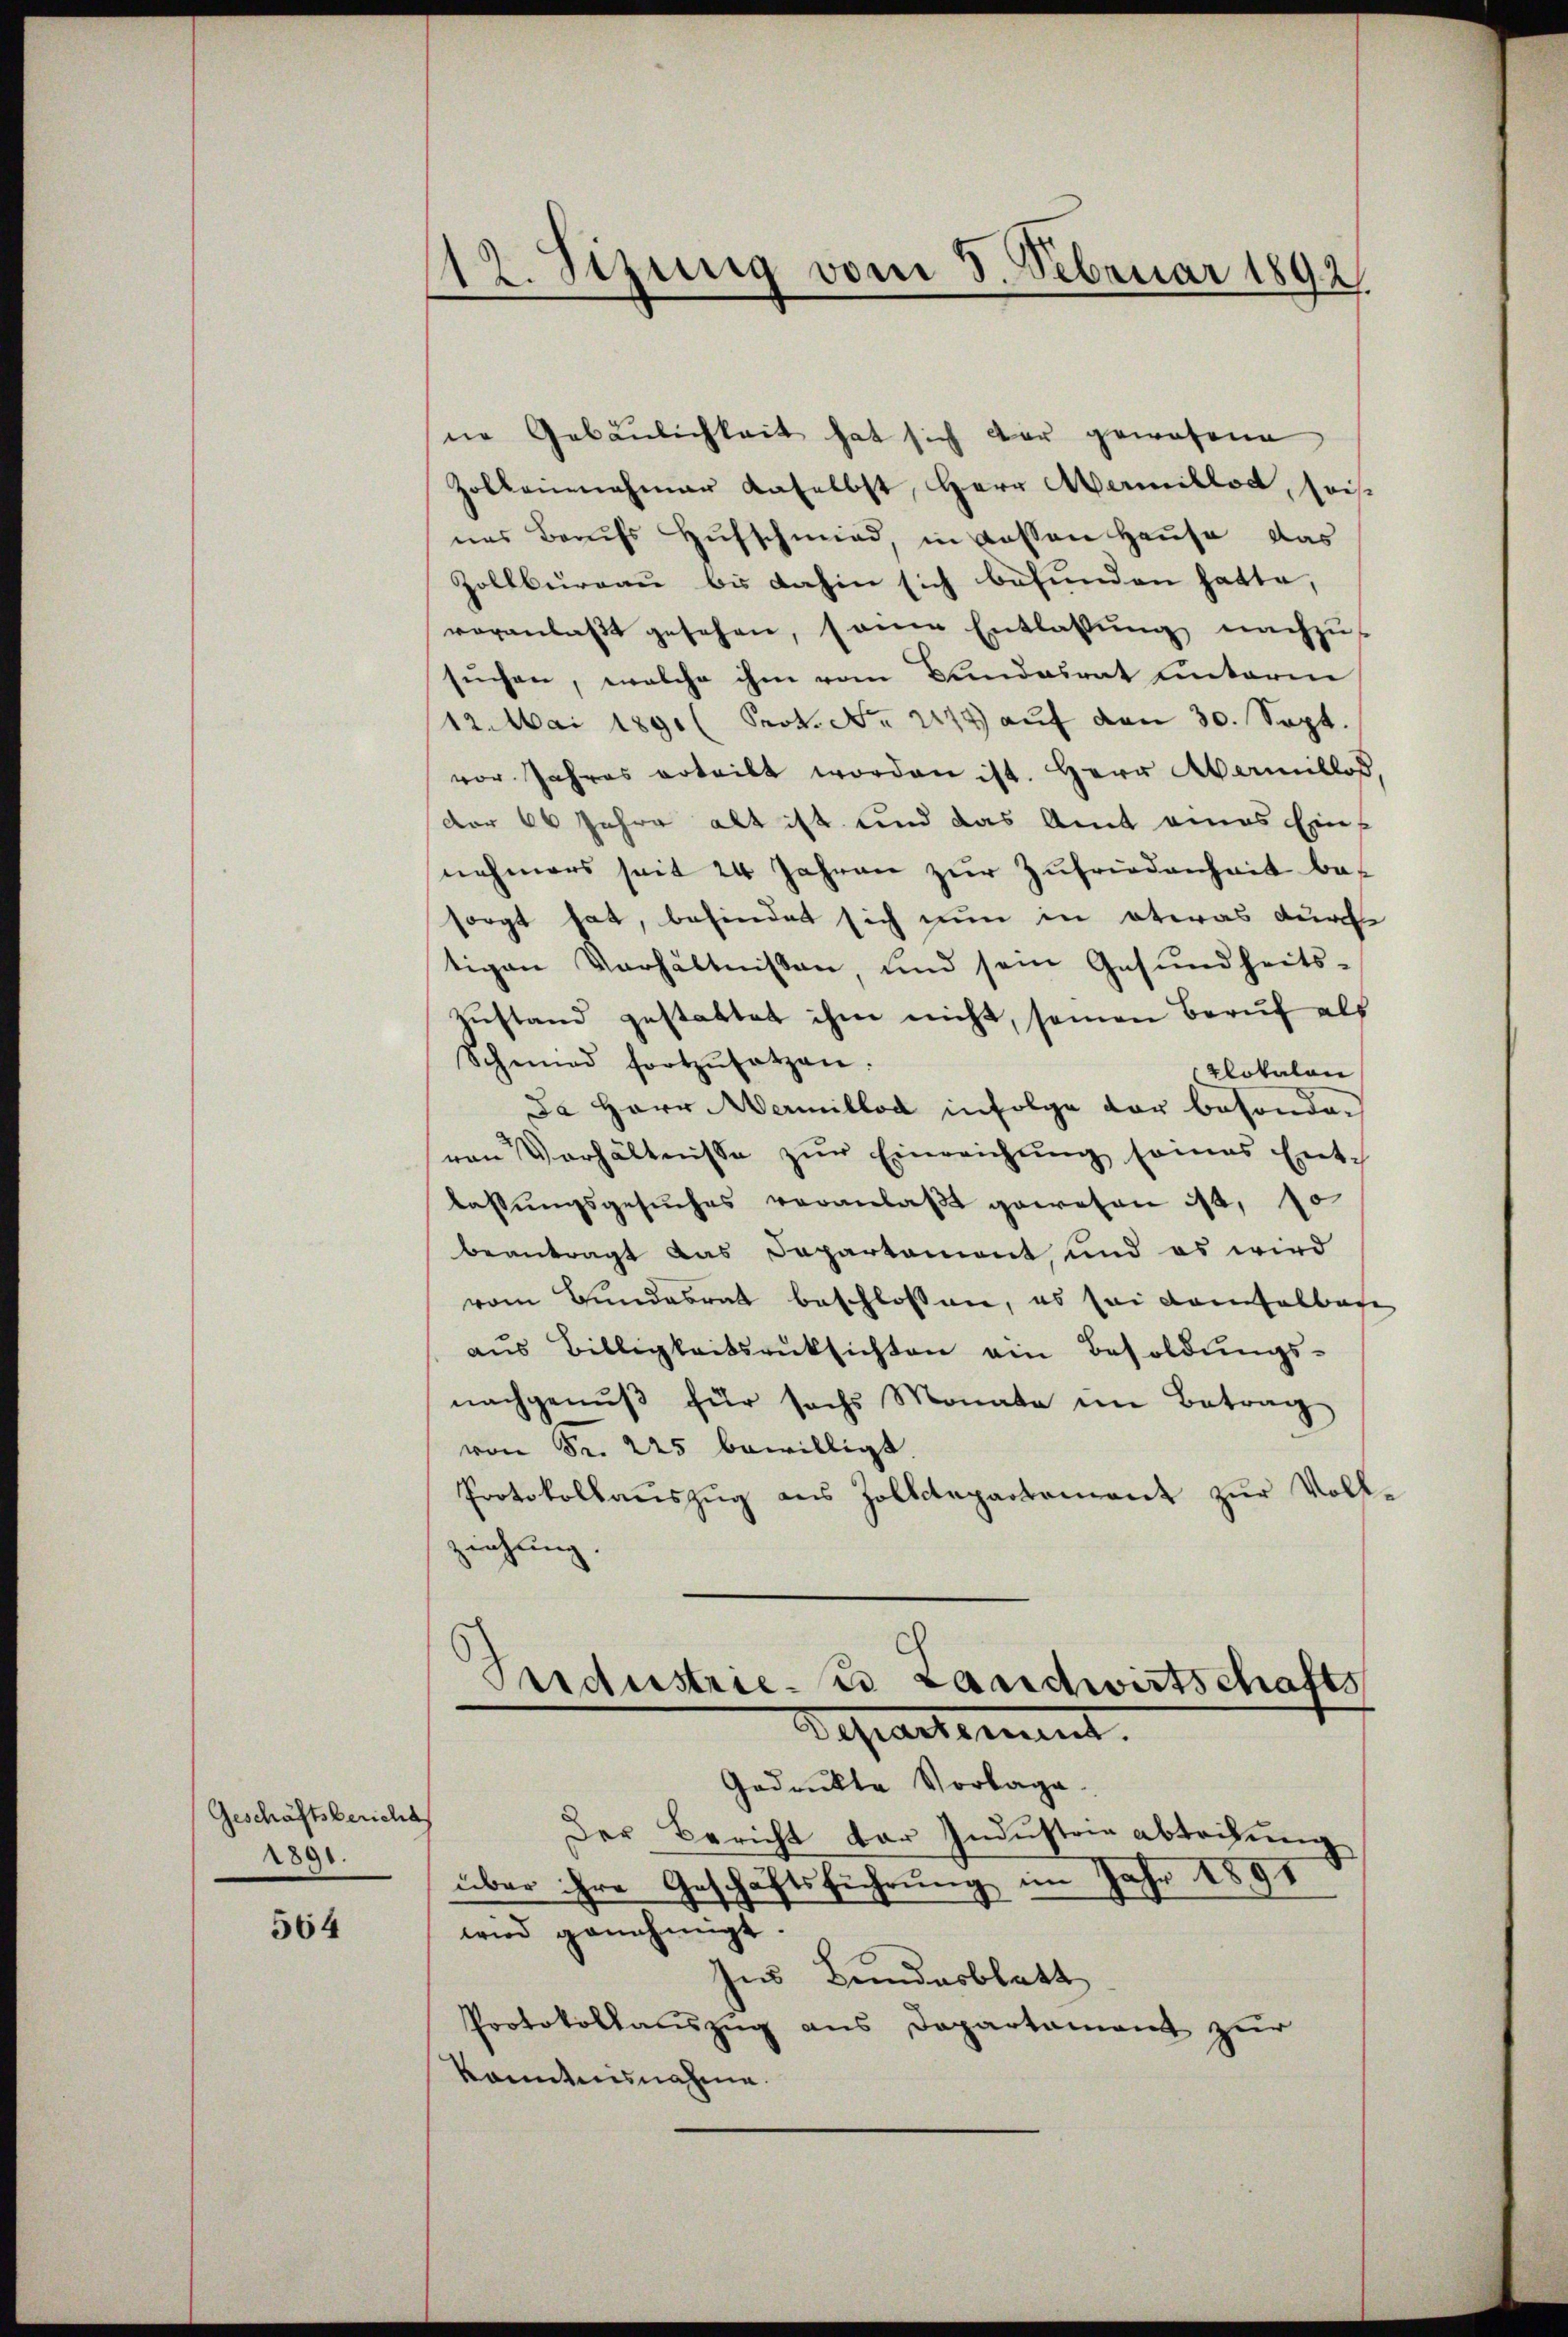
Geschäftsbericht
2891.

564

12. Jizung vom 8. Februar 1892.
.

ne Gebäulichkeit hat sich der gewesene
Zolbeinnahmer daselbst, Herr Aermillet, heis
nes Berufs Hufschmied, in Kassen Hause das
Zollbureau bis dahin sich befunden hatte,
veranlaßt gesehen, sonne Entlassung nachzus
sŭchen, welche ihm vom Bundesrat unterm
12. Mai 1891 (Prot. No. 2177) auf den 30. Sept.
vor Jahres erteilt worden ist. Herr Abermillos
der 60 Jahre alt ist und das Amt eines Einnehmers seit 24 Jahren zur Zufriedenheit be-
sorgt hat, befindet sich nun in etwas durch
tigen Verhältnissen, und sein Gesundheits-
zustand gestattet ihm nicht, seien Beruf als
Schmied fortzŭsetzen.
lotulan
Ja Herr Aermillod infolge der besonder
ren Verhältnisse zŭr Einreichŭng seines Ent-
lassŭngsgesŭches veranlaβt gewesen ist, so
beantragt das Departament, und es wird
vom Bundesrat beschlossen, es sei demfelbare
aus Billigkeitsrüksichten ein Besoldungs-
nachgenŭβ für sechs Monate im Betrag
von Fr. 225 bewilligt.
Protokollaŭszŭg aus Zolldepartement zur Voll-
ziehung

Ins Bundesblatt
Protokollauszug aus Departament zur
kanntnisnahme.

Pridustrie, 2 Landwirtschafts
Departement.
Gedruckte Vorlage.
Der Bericht der Industrie abteilung
über ihre Geschäftsführung im Jahr 1891
wird genehmigt.